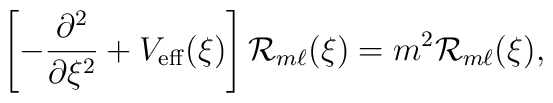
\left[-\frac{\partial^2}{\partial\xi^2}+V_{\rm eff}(\xi)\right] {\cal R}_{m\ell}(\xi) =m^2 {\cal R}_{m\ell}(\xi),